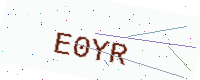
Text: E0YR